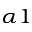
_ { \alpha 1 }